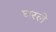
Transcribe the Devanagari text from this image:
घरले